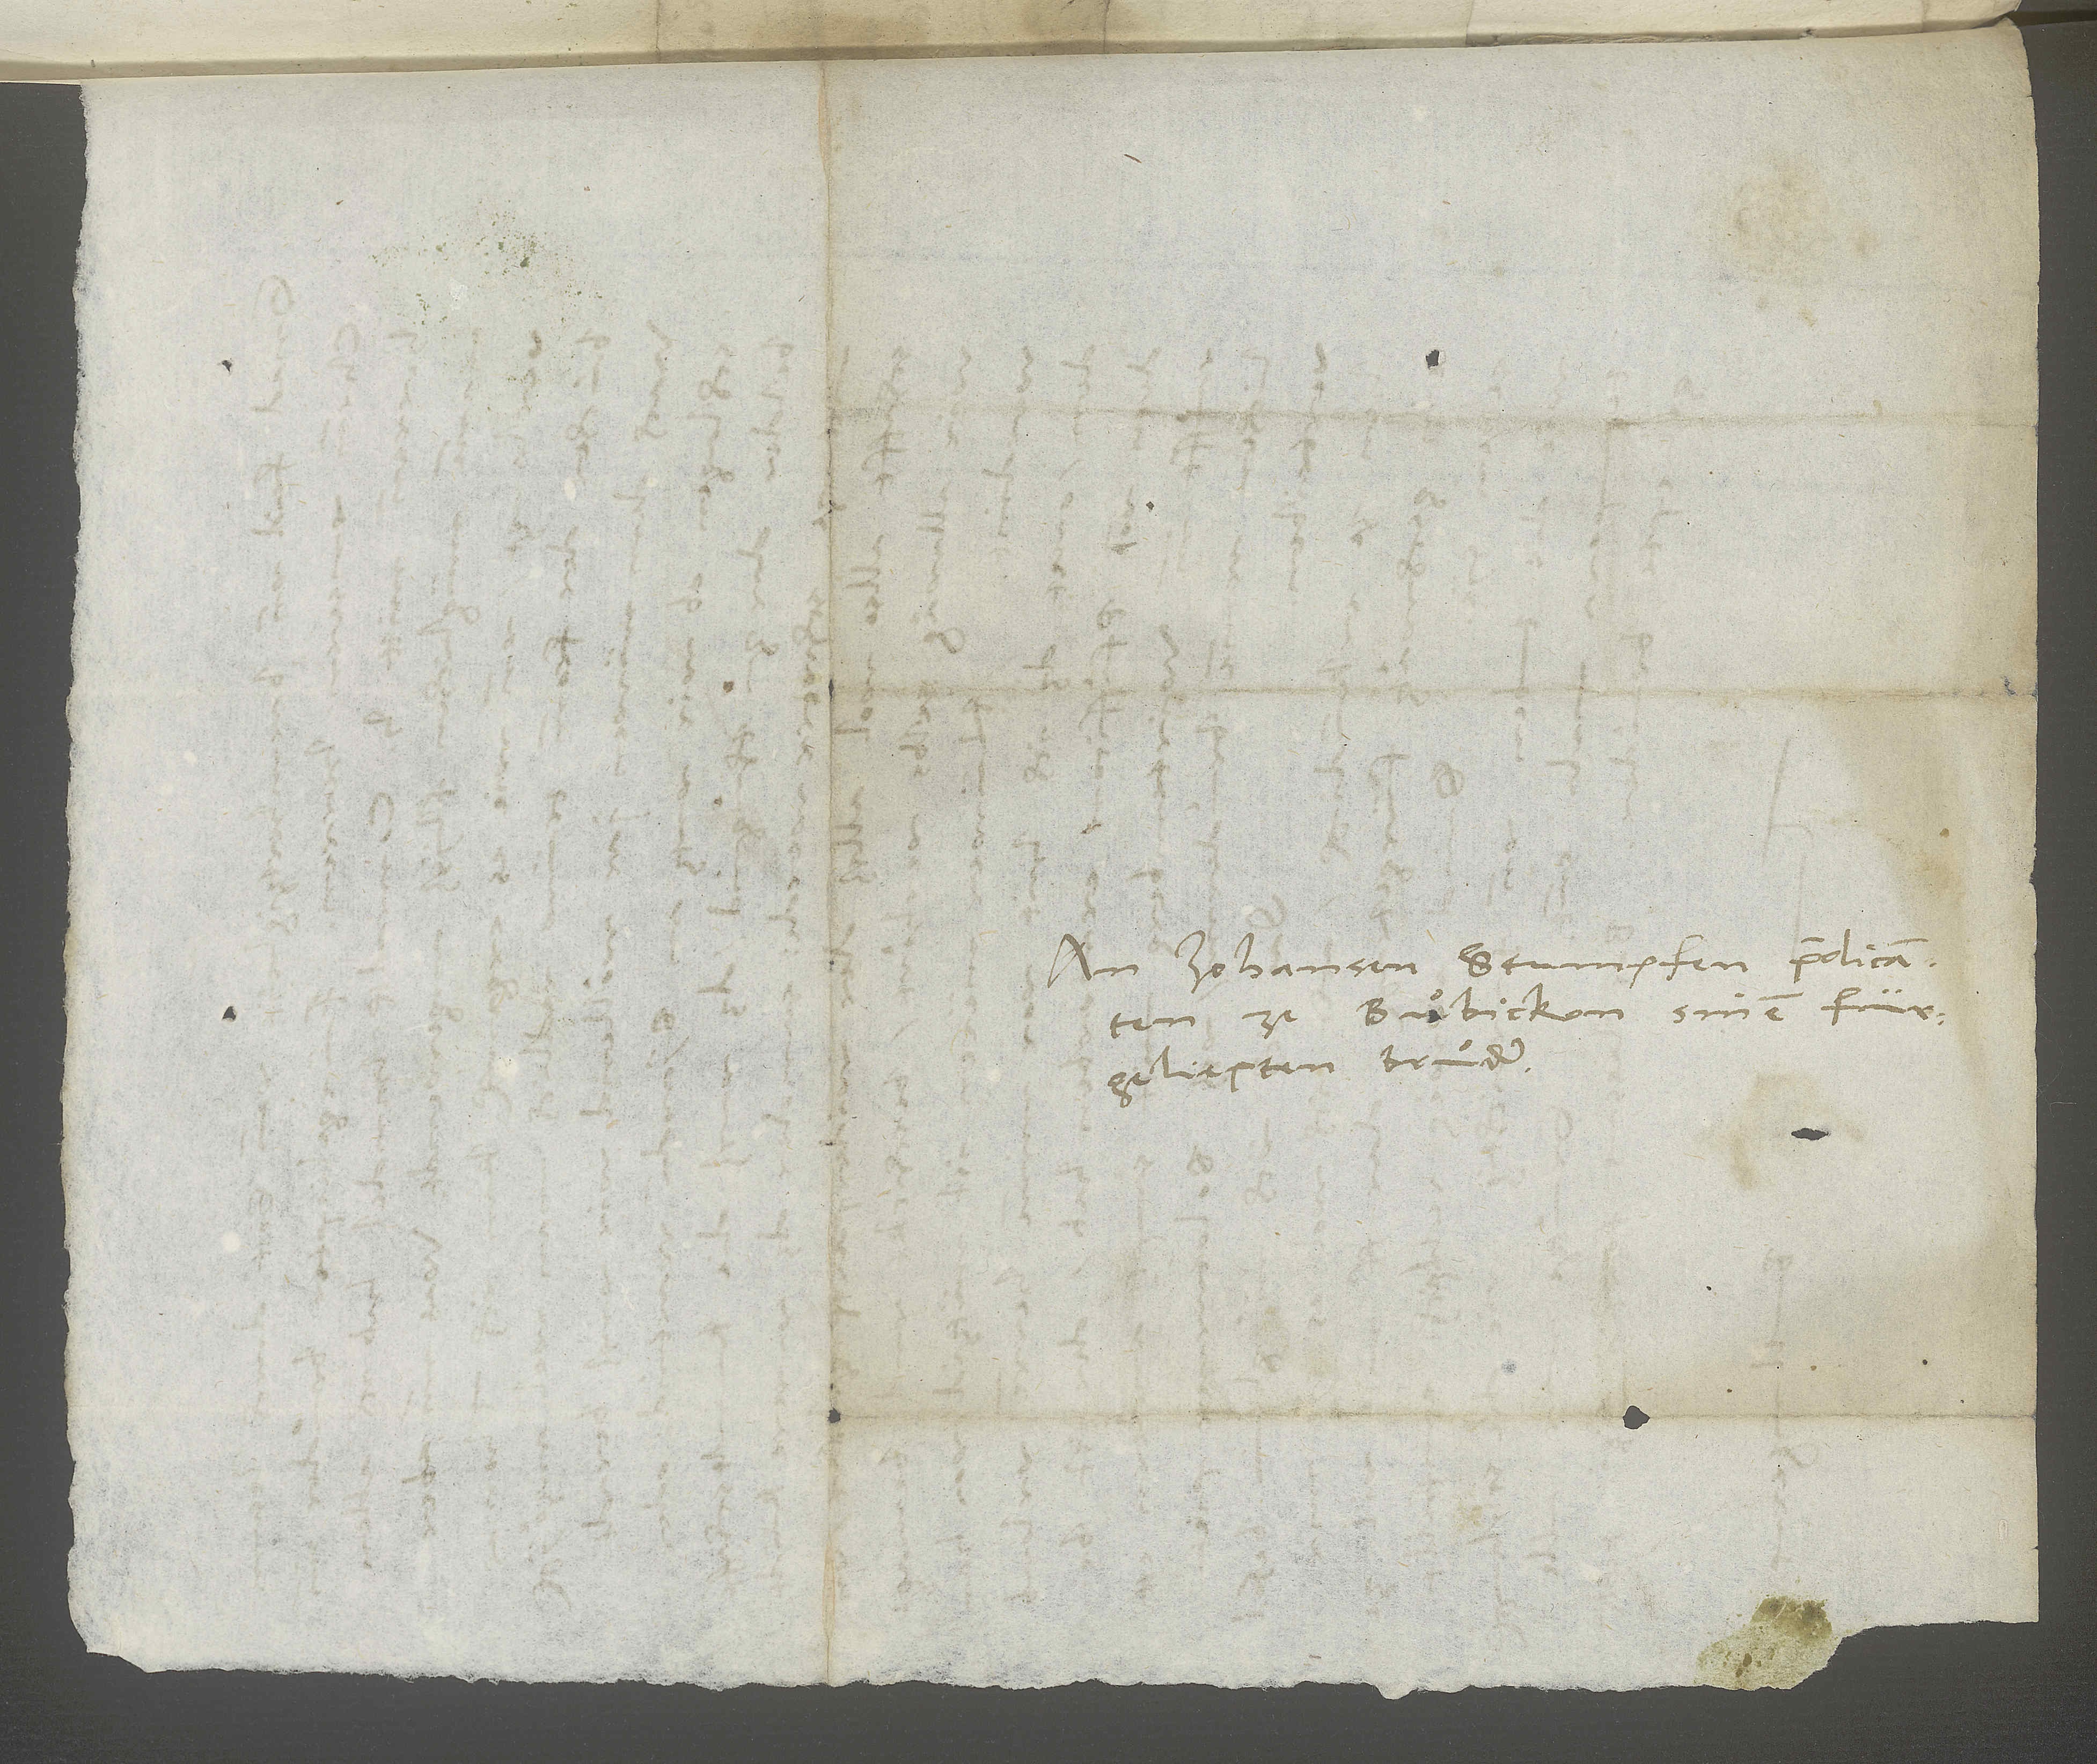
An Johansen Stumpfen, praedicanten
ze Buͦbickon, sinem fürgeliepten
geliepte bruͤder.